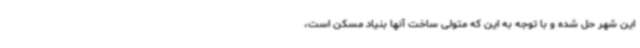
این شهر حل شده و با توجه به این که متولی ساخت آنها بنیاد مسکن است،